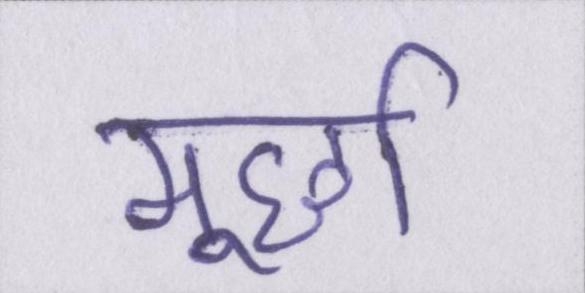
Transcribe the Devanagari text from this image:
मूर्छा